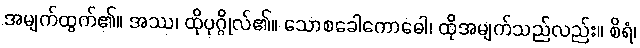
အမျက်ထွက်၏။ အဿ၊ ထိုပုဂ္ဂိုလ်၏။ သောစခေါကောဓေါ၊ ထိုအမျက်သည်လည်း။ စိရံ၊